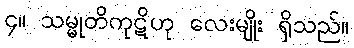
၄။ သမ္မုတိကုဋိဟု လေးမျိုး ရှိသည်။